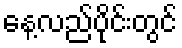
နေ့လည်ပိုင်းတွင်